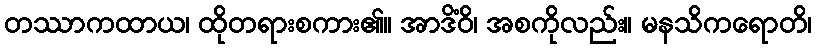
တဿာကထာယ၊ ထိုတရားစကား၏။ အာဒိံဝိ၊ အစကိုလည်း။ မနသိကရောတိ၊